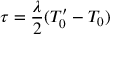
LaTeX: \tau = \frac { \lambda } { 2 } ( T _ { 0 } ^ { \prime } - T _ { 0 } )